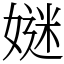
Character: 㜆